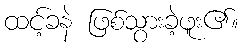
ထင့်ခနဲ ဖြစ်သွားခဲ့ဖူး၏။